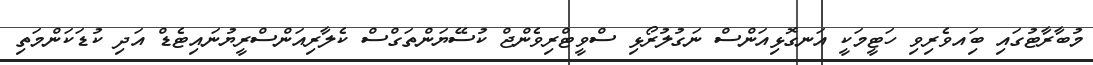
މުބާރާޓުގައި ބަިއވެރިވި ހަޓީމަކީ އަނގޮޅިއަންސް ނަގުލުރޯޅި ސްވީޓްރިވެންޖް ކުސޭޔަންތަގްސް ކެލާރިއަންސްރީޔުނައިޓެޑް އަދި ކުޑަކަންމަތި